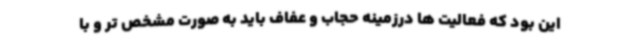
این بود که فعالیت ها درزمینه حجاب و عفاف باید به صورت مشخص تر و با